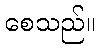
စေသည်။